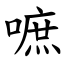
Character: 嗻